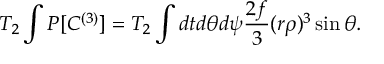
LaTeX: T _ { 2 } \int P [ C ^ { ( 3 ) } ] = T _ { 2 } \int d t d \theta d \psi \frac { 2 f } { 3 } ( r \rho ) ^ { 3 } \sin \theta .